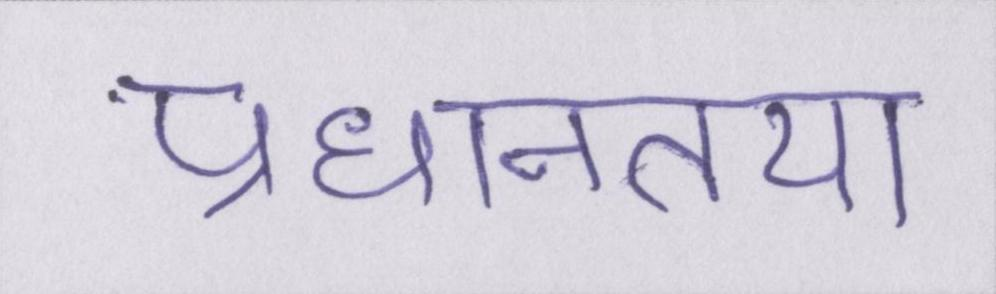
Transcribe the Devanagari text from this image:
प्रधानतया